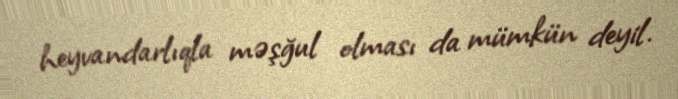
heyvandarlıqla məşğul olması da mümkün deyil.